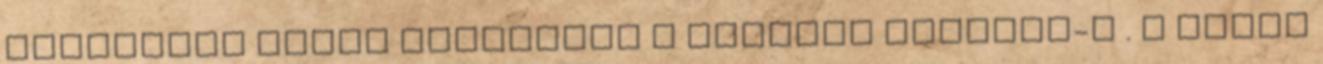
megnézzem saját szememmel a Sagrada Família-t . A minap